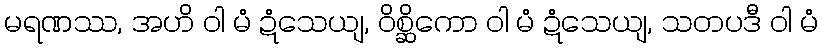
မရဏဿ, အဟိ ဝါ မံ ဍံသေယျ, ဝိစ္ဆိကော ဝါ မံ ဍံသေယျ, သတပဒီ ဝါ မံ